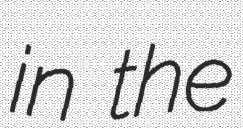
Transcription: in the